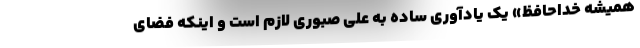
همیشه خداحافظ» یک یادآوری ساده به علی صبوری لازم است و اینکه فضای